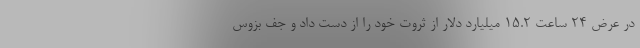
در عرض 24 ساعت 15.2 میلیارد دلار از ثروت خود را از دست داد و جف بزوس